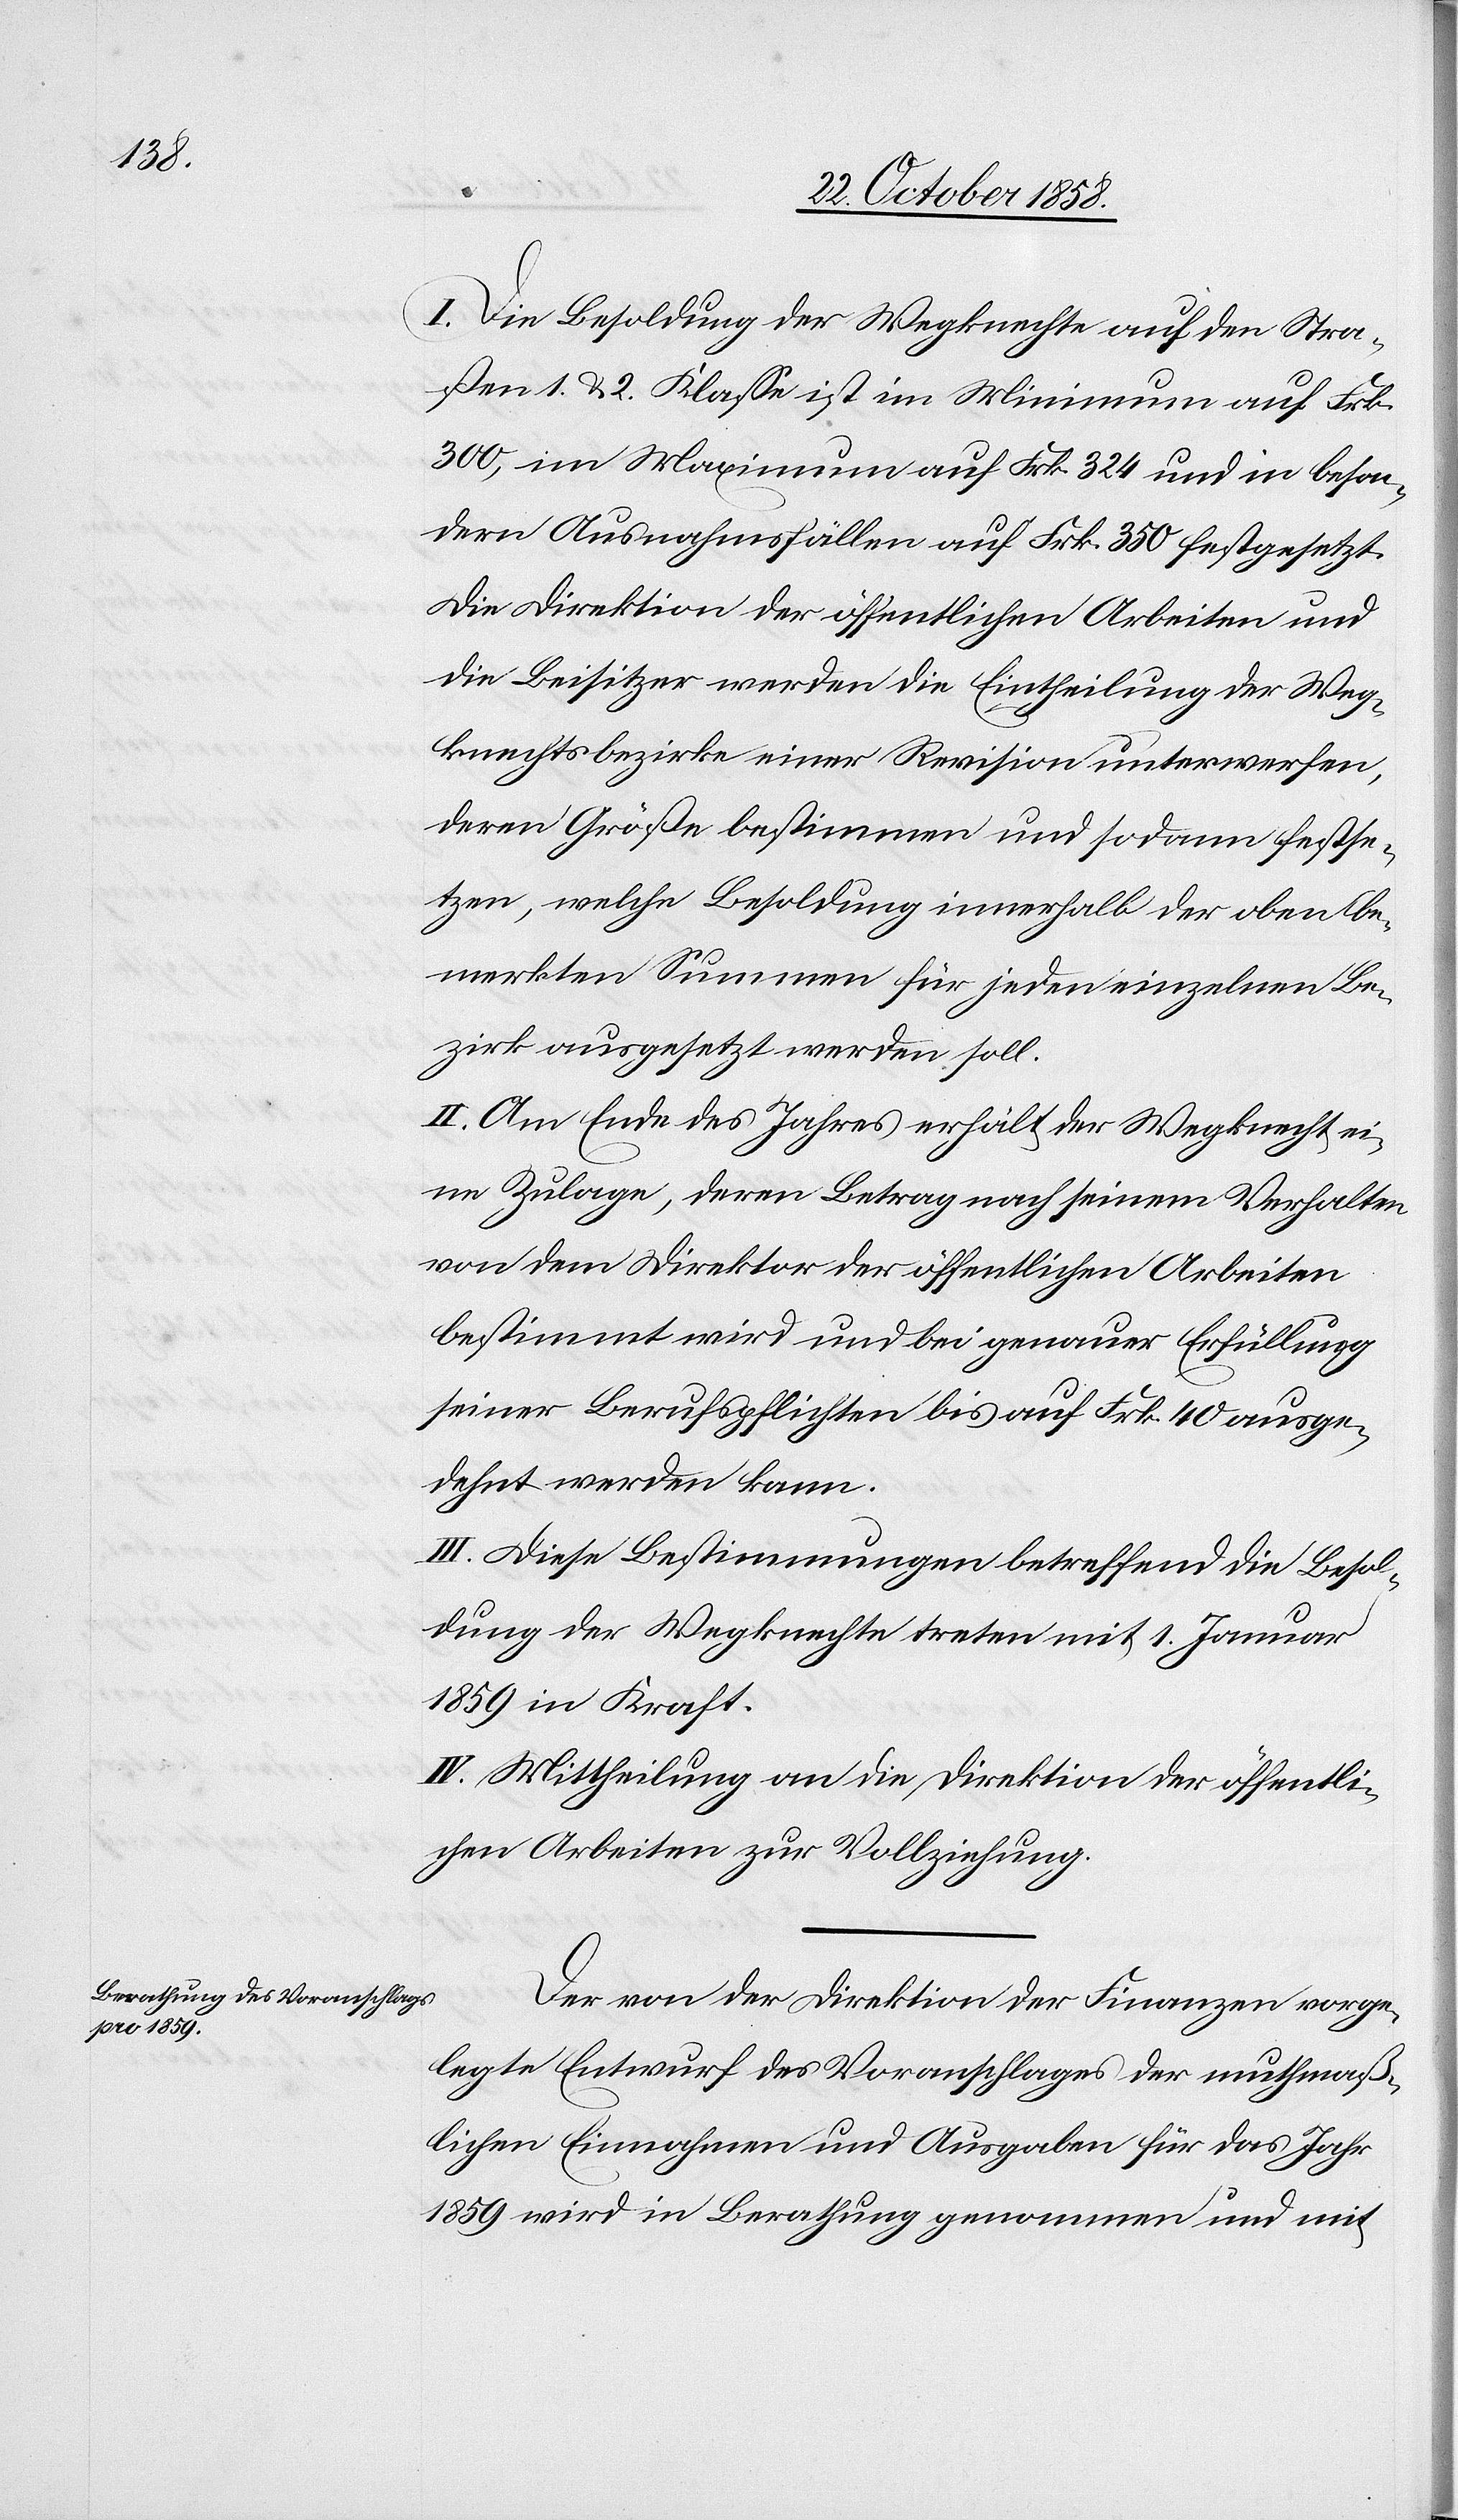
I. Die Besoldung der Wegknechte auf den Stra¬
ßen 1. & 2. Klasse ist im Minimum auf Frk.
300, im Maximum auf Frk. 324 und in beson¬
dern Ausnahmsfällen auf Frk. 350 festgesetzt.
Die Direktion der öffentlichen Arbeiten und
die Beisitzer werden die Eintheilung der Weg¬
knechtsbezirke einer Revision unterwerfen,
deren Größe bestimmen und sodann festse¬
tzen, welche Besoldung innerhalb der oben be¬
merkten Summen für jeden einzelnen Be¬
zirk ausgesetzt werden soll.
II. Am Ende des Jahres erhält der Wegknecht ei¬
ne Zulage, deren Betrag nach seinem Verhalten
von dem Direktor der öffentlichen Arbeiten
bestimmt wird und bei genauer Erfüllung
seiner Berufspflichten bis auf Frk. 40 ausge¬
dehnt werden kann.
III. Diese Bestimmungen betreffend die Besol¬
dung der Wegknechte treten mit 1. Januar
1859 in Kraft.
IV. Mittheilung an die Direktion der öffentli¬
chen Arbeiten zur Vollziehung.
Der von der Direktion der Finanzen vorge¬
legte Entwurf des Voranschlages der muthmaß¬
lichen Einnahmen und Ausgaben für das Jahr
1859 wird in Berathung genommen und mit